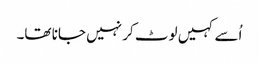
اُسے کہیں لوٹ کر نہیں جانا تھا۔